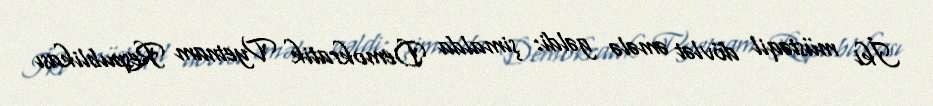
İki müstəqil dövlət əmələ gəldi: şimalda Demokratik Vyetnam Respublikası